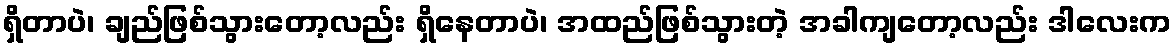
ရှိတာပဲ၊ ချည်ဖြစ်သွားတော့လည်း ရှိနေတာပဲ၊ အထည်ဖြစ်သွားတဲ့ အခါကျတော့လည်း ဒါလေးက